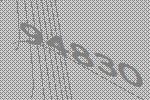
94830